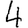
Digit: 4